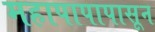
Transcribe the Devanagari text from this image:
महापापापासून